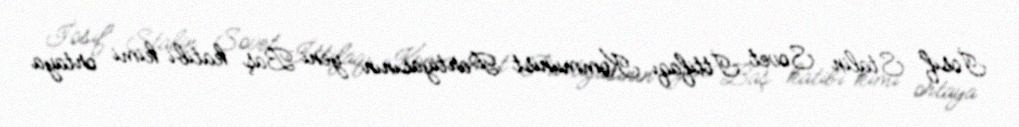
İosif Stalin Sovet İttifaqı Kommunist Partiyasının yeni Baş katibi kimi ortaya